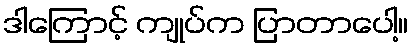
ဒါကြောင့် ကျုပ်က ပြာတာပေါ့။